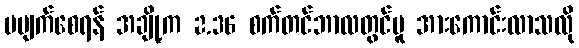
မပျက်စေရန် အချို့က 2.36 စက်တင်ဘာလတွင်မူ အားကောင်းလာသလို